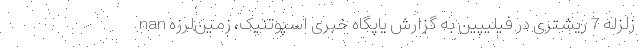
nan زلزله 7 ریشتری در فیلیپین به گزارش یاپگاه خبری اسپوتنیک، زمین‌لرزه